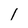
Character: 1